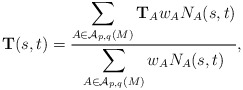
\begin{align*}\mathbf{T}(s,t)= \frac{\displaystyle \sum_{A\in {\cal A}_{p,q}(M)} \mathbf{T}_A w_A N_A(s,t)}{\displaystyle \sum_{A\in {\cal A}_{p,q}(M)} w_A N_A(s,t)},\end{align*}